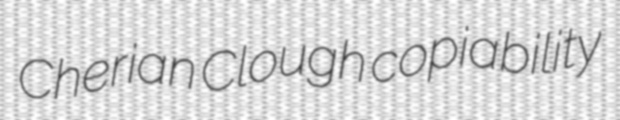
Cherian Clough copiability